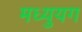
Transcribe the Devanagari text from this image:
मध्युयग